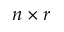
n \times r